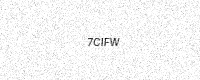
Text: 7CIFW